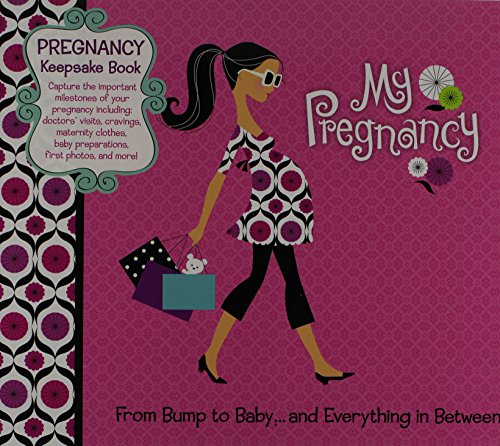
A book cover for My Pregnancy from Bump to Baby and Everything in Between; Crafts, Hobbies & Home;